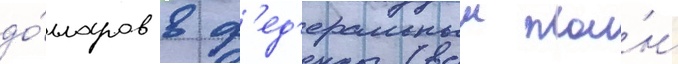
до́лларов в ф'ед'еральныи пла́н